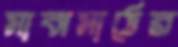
মাঝমাঠের